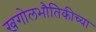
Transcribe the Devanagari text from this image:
खगोलभौतिकीच्या